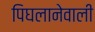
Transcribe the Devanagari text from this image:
पिघलानेवाली